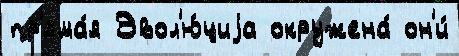
пр'яма́я Эвол'ю́циjа окружена́ он'и́